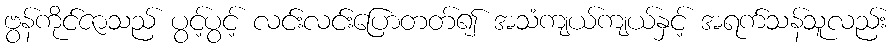
ဗွန်ကိုင်ဇာသည် ပွင့်ပွင့် လင်းလင်းပြောတတ်၍ အသံကျယ်ကျယ်နှင့် အရက်သန်သူလည်း